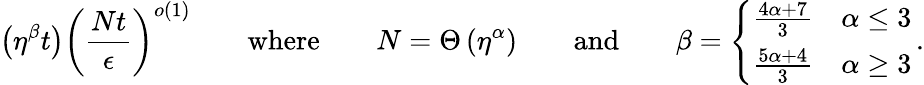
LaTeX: \left(\eta^{\beta}t\right)\left(\frac{Nt}{\epsilon}\right)^{o(1)}\qquad\textrm{where}\qquad N=\Theta\left(\eta^{\alpha}\right)\qquad\textrm{and}\qquad\beta=\left\{ \begin{array}{ll}{\frac{4\alpha+7}{3}}&{\alpha\leq 3}\\ {\frac{5\alpha+4}{3}}&{\alpha\geq 3}\end{array}\right.\, .